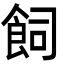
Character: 飼